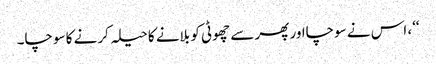
‘‘، اس نے سوچااور پھر سے چھوٹی کو بلانے کا حیلہ کرنے کا سوچا۔